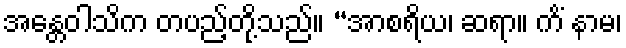
အန္တေဝါသိက တပည့်တို့သည်။ “အာစရိယ၊ ဆရာ။ ကိံ နာမ၊